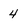
Character: 4